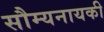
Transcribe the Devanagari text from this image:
सौम्यनायकी